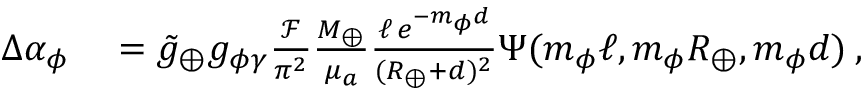
\begin{array} { r l } { \Delta \alpha _ { \phi } } & { { } = \ensuremath { \tilde { g } _ { \oplus } } \ensuremath { g _ { \phi \gamma } } \frac { \mathcal { F } } { \pi ^ { 2 } } \frac { M _ { \oplus } } { \mu _ { a } } \frac { \ell \, e ^ { - m _ { \phi } d } } { ( R _ { \oplus } + d ) ^ { 2 } } \Psi ( m _ { \phi } \ell , m _ { \phi } R _ { \oplus } , m _ { \phi } d ) \: , } \end{array}